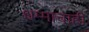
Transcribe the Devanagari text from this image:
धम्माचाही